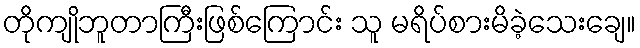
တိုကျိုဘူတာကြီးဖြစ်ကြောင်း သူ မရိပ်စားမိခဲ့သေးချေ။